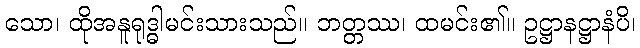
သော၊ ထိုအနူရုဒ္ဓါမင်းသားသည်။ ဘတ္တဿ၊ ထမင်း၏။ ဥဋ္ဌာနဋ္ဌာနံပိ၊